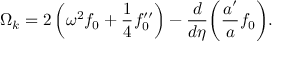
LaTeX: \Omega _ { { k } } = 2 \left( \omega ^ { 2 } f _ { 0 } + \frac { 1 } { 4 } f _ { 0 } ^ { \prime \prime } \right) - \frac { d } { d \eta } \bigg ( \frac { a ^ { \prime } } { a } f _ { 0 } \bigg ) .